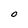
Character: O